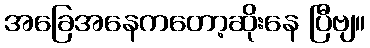
အခြေအနေကတော့ဆိုးနေ ပြီဗျ။